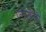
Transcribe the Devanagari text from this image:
ग्लोबली